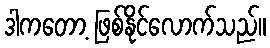
ဒါကတော့ ဖြစ်နိုင်လောက်သည်။